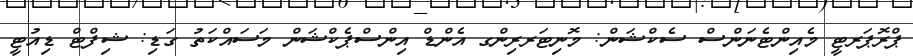
ޕްރޮޕަރޓީ މެއިންޓެނަންސް ސެކްޝަން: މޮނިޓަރރިންގ އެންޑް އިންސްޕެކްޝަން މަސައްކަތު ގަޑި: ޝިފްޓް ޑިއުޓީ